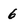
Character: 6